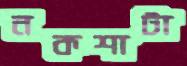
নকশাটা